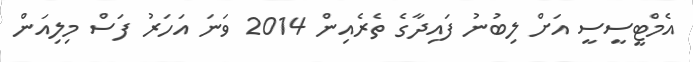
އެމްޓީސީސީ އަށް ލިބުނު ފައިދާގެ ތެރެއިން 2014 ވަނަ އަހަރު ފަސް މިލިއަން